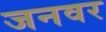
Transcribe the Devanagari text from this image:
जनवर